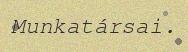
Munkatársai.